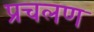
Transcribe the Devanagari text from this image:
प्रचलण